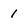
Character: 1